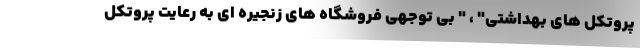
پروتکل های بهداشتی" ، " بی توجهی فروشگاه های زنجیره ای به رعایت پروتکل